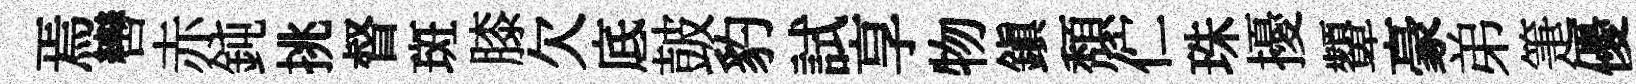
焉轡赤鈍挑督斑膝欠底皷豹試享物鎭頽伫珠擾顰豪弟箑優